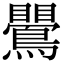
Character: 鷪